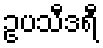
ဥပသီဒရီ